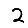
Digit: 2